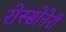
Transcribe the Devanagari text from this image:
रोस्सोनेरी